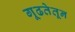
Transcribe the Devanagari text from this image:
गूढतेतून